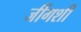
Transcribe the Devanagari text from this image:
जींगशी